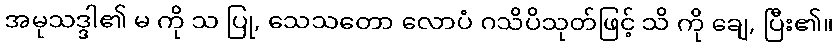
အမုသဒ္ဒါ၏ မ ကို သ ပြု, သေသတော လောပံ ဂသိပိသုတ်ဖြင့် သိ ကို ချေ, ပြီး၏။